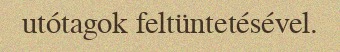
utótagok feltüntetésével.